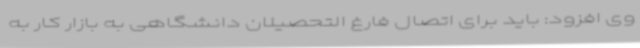
وی افزود: باید برای اتصال فارغ التحصیلان دانشگاهی به بازار کار به